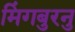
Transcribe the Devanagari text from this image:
मिंगबुरनु